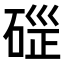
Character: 𥓱